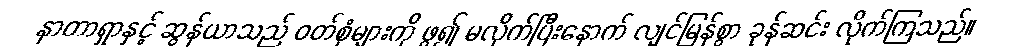
နာတာရှာနှင့် ဆွန်ယာသည် ဝတ်စုံများကို ဖွ၍ မလိုက်ပြီးနောက် လျင်မြန်စွာ ခုန်ဆင်း လိုက်ကြသည်။